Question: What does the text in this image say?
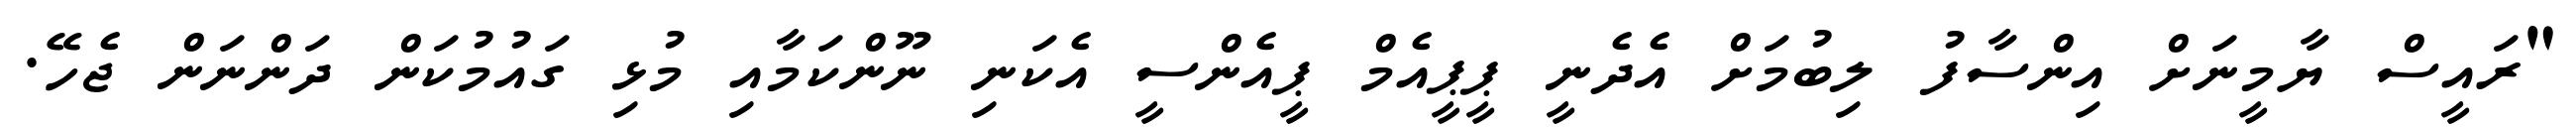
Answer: "ރައީސް ޔާމީނަށް އިންސާފު ލިބުމަށް އެދެނީ ޕީޕީއެމް ޕީއެންސީ އެކަނި ނޫންކަމާއި މުޅި ގައުމުކަން ދަންނަން ޖެހޭ.